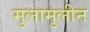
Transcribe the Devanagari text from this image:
मुलामुलीन